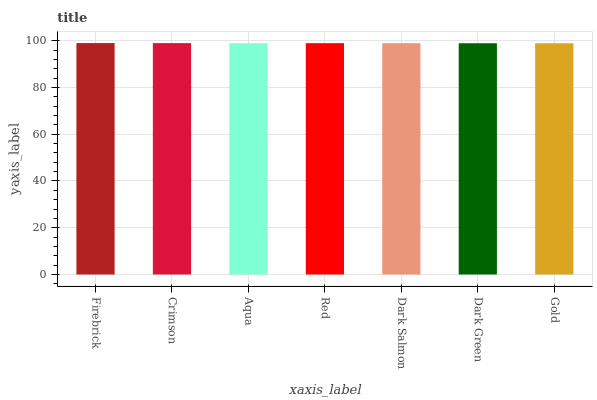
| xaxis_label | bars |
 | --- | --- |
 | Firebrick | 99 |
 | Crimson | 99 |
 | Aqua | 99 |
 | Red | 99 |
 | Dark Salmon | 98.9 |
 | Dark Green | 98.9 |
 | Gold | 98.9 |